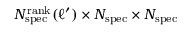
N _ { \mathrm { s p e c } } ^ { \mathrm { r a n k } } ( \ell ^ { \prime } ) \times N _ { \mathrm { s p e c } } \times N _ { \mathrm { s p e c } }